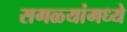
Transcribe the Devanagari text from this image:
सगळ्यांमध्ये